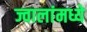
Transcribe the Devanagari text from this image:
ज्वालांमध्ये